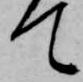
て